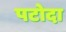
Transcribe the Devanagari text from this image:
पटोदा